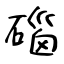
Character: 碯